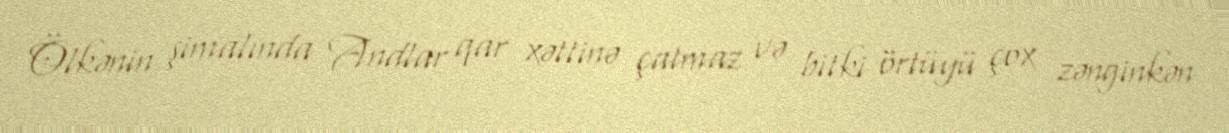
Ölkənin şimalında Andlar qar xəttinə çatmaz və bitki örtüyü çox zənginkən